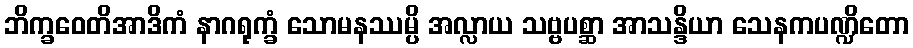
ဘိက္ခဝေတိအာဒိကံ နာဂရုက္ခံ သောမနဿမ္ပိ အလ္လာယ သဗ္ဗပစ္ဆာ အာသန္ဒိယာ သေနကပဏ္ဍိတော